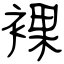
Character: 裸